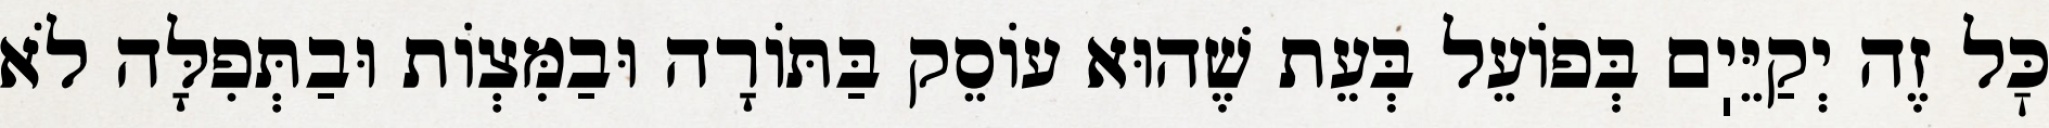
כׇּל זֶה יְקַיֵּיֽם בְּפוֹעֵל בְּעֵת שֶׁהוּא עוֹסֵק בַּתּוֹרָה וּבַמִּצְוֹת וּבַתְּפִלָּה לֹא